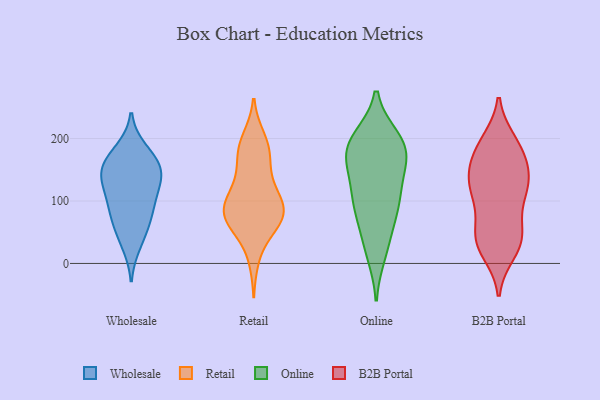
{"axis": {"x": "Operating Costs (USD K)", "y": "Value"}, "legend": ["B2B Portal", "Online", "Retail", "Wholesale"], "data": [{"x": "", "y": 52, "type": "Wholesale"}, {"x": "", "y": 76, "type": "Wholesale"}, {"x": "", "y": 154, "type": "Wholesale"}, {"x": "", "y": 149, "type": "Wholesale"}, {"x": "", "y": 31, "type": "Wholesale"}, {"x": "", "y": 100, "type": "Wholesale"}, {"x": "", "y": 181, "type": "Wholesale"}, {"x": "", "y": 135, "type": "Wholesale"}, {"x": "", "y": 131, "type": "Wholesale"}, {"x": "", "y": 78, "type": "Wholesale"}, {"x": "", "y": 171, "type": "Wholesale"}, {"x": "", "y": 152, "type": "Wholesale"}, {"x": "", "y": 109, "type": "Wholesale"}, {"x": "", "y": 60, "type": "Retail"}, {"x": "", "y": 63, "type": "Retail"}, {"x": "", "y": 106, "type": "Retail"}, {"x": "", "y": 119, "type": "Retail"}, {"x": "", "y": 155, "type": "Retail"}, {"x": "", "y": 10, "type": "Retail"}, {"x": "", "y": 189, "type": "Retail"}, {"x": "", "y": 183, "type": "Retail"}, {"x": "", "y": 82, "type": "Retail"}, {"x": "", "y": 92, "type": "Retail"}, {"x": "", "y": 171, "type": "Retail"}, {"x": "", "y": 78, "type": "Retail"}, {"x": "", "y": 199, "type": "Retail"}, {"x": "", "y": 71, "type": "Retail"}, {"x": "", "y": 80, "type": "Retail"}, {"x": "", "y": 79, "type": "Retail"}, {"x": "", "y": 120, "type": "Retail"}, {"x": "", "y": 31, "type": "Online"}, {"x": "", "y": 91, "type": "Online"}, {"x": "", "y": 100, "type": "Online"}, {"x": "", "y": 161, "type": "Online"}, {"x": "", "y": 159, "type": "Online"}, {"x": "", "y": 152, "type": "Online"}, {"x": "", "y": 103, "type": "Online"}, {"x": "", "y": 16, "type": "Online"}, {"x": "", "y": 185, "type": "Online"}, {"x": "", "y": 110, "type": "Online"}, {"x": "", "y": 194, "type": "Online"}, {"x": "", "y": 194, "type": "Online"}, {"x": "", "y": 65, "type": "Online"}, {"x": "", "y": 200, "type": "Online"}, {"x": "", "y": 186, "type": "Online"}, {"x": "", "y": 195, "type": "B2B Portal"}, {"x": "", "y": 57, "type": "B2B Portal"}, {"x": "", "y": 195, "type": "B2B Portal"}, {"x": "", "y": 173, "type": "B2B Portal"}, {"x": "", "y": 153, "type": "B2B Portal"}, {"x": "", "y": 116, "type": "B2B Portal"}, {"x": "", "y": 127, "type": "B2B Portal"}, {"x": "", "y": 56, "type": "B2B Portal"}, {"x": "", "y": 185, "type": "B2B Portal"}, {"x": "", "y": 40, "type": "B2B Portal"}, {"x": "", "y": 18, "type": "B2B Portal"}, {"x": "", "y": 122, "type": "B2B Portal"}, {"x": "", "y": 35, "type": "B2B Portal"}, {"x": "", "y": 121, "type": "B2B Portal"}, {"x": "", "y": 168, "type": "B2B Portal"}, {"x": "", "y": 98, "type": "B2B Portal"}, {"x": "", "y": 36, "type": "B2B Portal"}, {"x": "", "y": 147, "type": "B2B Portal"}, {"x": "", "y": 27, "type": "B2B Portal"}, {"x": "", "y": 121, "type": "B2B Portal"}]}